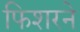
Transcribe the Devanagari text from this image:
फिशरने